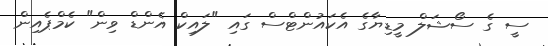
ސީ ގެ ސޯޝަލް މީޑިޔާގެ އެކައުންޓްސް ގައި "ލައިކް އެންޑް ވިން" ކެމްޕެއިން